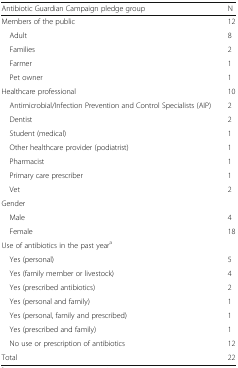
| Antibiotic Guardian Campaign pledge group | N |
 | --- | --- |
 | Members of the public | 12 |
 | Adult | 8 |
 | Families | 2 |
 | Farmer | 1 |
 | Pet owner | 1 |
 | Healthcare professional | 10 |
 | Antimicrobial/Infection Prevention and Control Specialists (AIP) | 2 |
 | Dentist | 2 |
 | Student (medical) | 1 |
 | Other healthcare provider (podiatrist) | 1 |
 | Pharmacist | 1 |
 | Primary care prescriber | 1 |
 | Vet | 2 |
 | <COLSPAN=2> Gender |
 | Male | 4 |
 | Female | 18 |
 | <COLSPAN=2> Use of antibiotics in the past yeara |
 | Yes (personal) | 5 |
 | Yes (family member or livestock) | 4 |
 | Yes (prescribed antibiotics) | 2 |
 | Yes (personal and family) | 1 |
 | Yes (personal, family and prescribed) | 1 |
 | Yes (prescribed and family) | 1 |
 | No use or prescription of antibiotics | 12 |
 | Total | 22 |